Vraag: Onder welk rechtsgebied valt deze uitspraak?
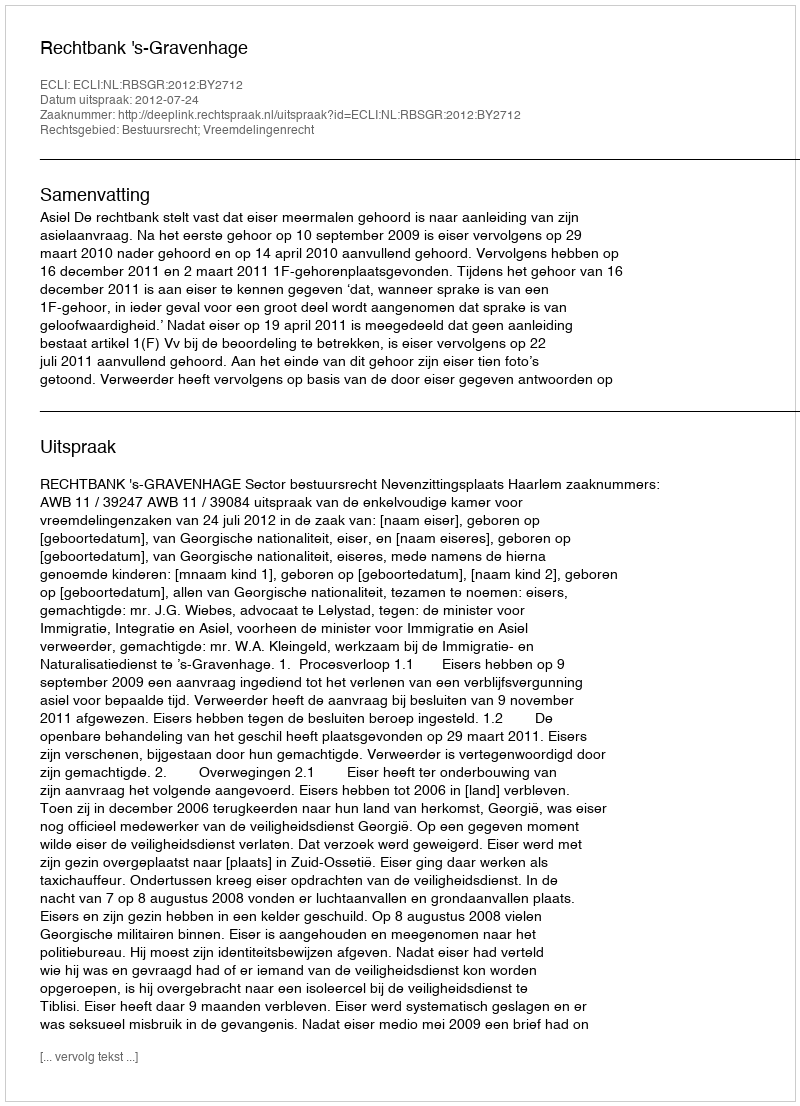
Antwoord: Bestuursrecht; Vreemdelingenrecht